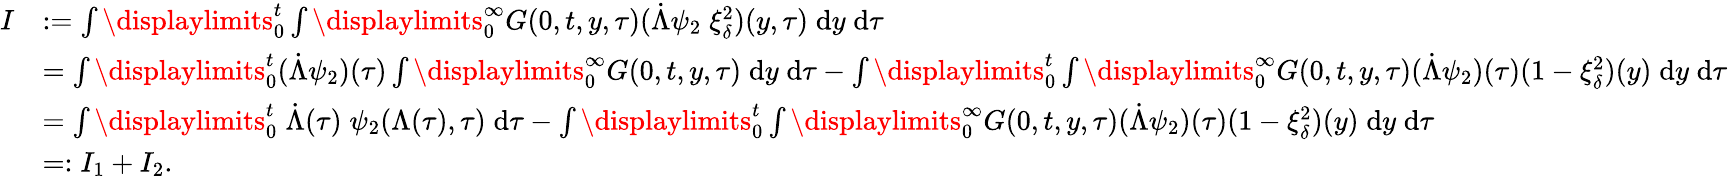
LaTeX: \begin{array}{rl}{I}&{:=\int\displaylimits_{0}^{t}\int\displaylimits_{0}^{\infty}{G(0,t,y,\tau)(\dot{\Lambda}\psi_{2}\; \xi_{\delta}^{2})(y,\tau)\; \mathrm{d}y\; \mathrm{d}\tau}}\\ &{=\int\displaylimits_{0}^{t}{(\dot{\Lambda}\psi_{2})(\tau)}\int\displaylimits_{0}^{\infty}{G(0,t,y,\tau)\; \mathrm{d}y\; \mathrm{d}\tau}-\int\displaylimits_{0}^{t}\int\displaylimits_{0}^{\infty}{G(0,t,y,\tau)(\dot{\Lambda}\psi_{2})(\tau)(1-\xi_{\delta}^{2})(y)\; \mathrm{d}y\; \mathrm{d}\tau}}\\ &{=\int\displaylimits_{0}^{t}{\; \dot{\Lambda}(\tau)\; \psi_{2}(\Lambda(\tau),\tau)\; \mathrm{d}\tau}-\int\displaylimits_{0}^{t}\int\displaylimits_{0}^{\infty}{G(0,t,y,\tau)(\dot{\Lambda}\psi_{2})(\tau)(1-\xi_{\delta}^{2})(y)\; \mathrm{d}y\; \mathrm{d}\tau}}\\ &{=:I_{1}+I_{2}.}\end{array}